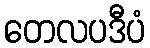
တေလပဒီပံ